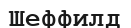
Шеффилд